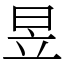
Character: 昱